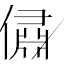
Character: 𠏐